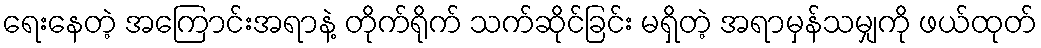
ရေးနေတဲ့ အကြောင်းအရာနဲ့ တိုက်ရိုက် သက်ဆိုင်ခြင်း မရှိတဲ့ အရာမှန်သမျှကို ဖယ်ထုတ်